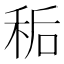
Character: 𫀱